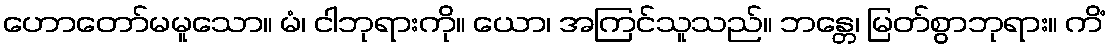
ဟောတော်မမူသော။ မံ၊ ငါဘုရားကို။ ယော၊ အကြင်သူသည်။ ဘန္တေ၊ မြတ်စွာဘုရား။ ကိံ